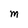
Character: M